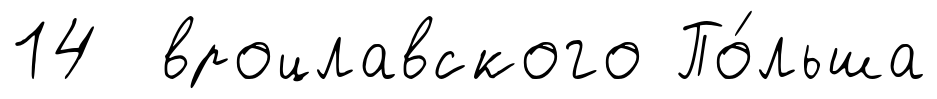
14 вроцлавского По́льша